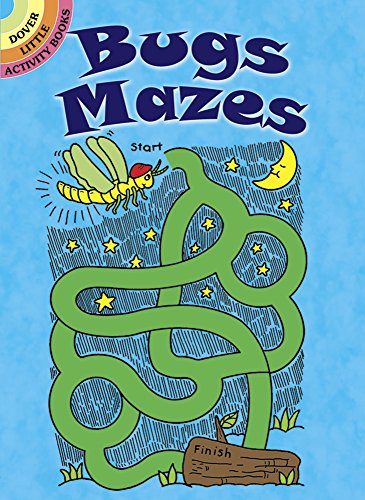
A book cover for Bugs Mazes (Dover Little Activity Books); Fran Newman-D'Amico; Children's Books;